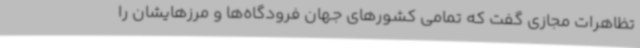
تظاهرات مجازی گفت که تمامی کشورهای جهان فرودگاه‌ها و مرزهایشان را